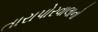
તારાપોરવાલાનો